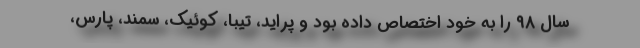
سال ۹۸ را به خود اختصاص داده بود و پراید، تیبا، کوئیک، سمند، پارس،